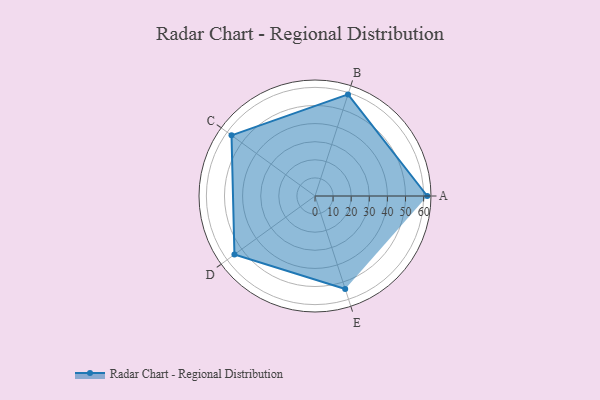
{"axis": {"x": "Skill", "y": "Score"}, "legend": ["Profile"], "data": [{"x": "A", "y": 62.0, "type": "Profile"}, {"x": "B", "y": 59.0, "type": "Profile"}, {"x": "C", "y": 57.0, "type": "Profile"}, {"x": "D", "y": 55.0, "type": "Profile"}, {"x": "E", "y": 54.0, "type": "Profile"}]}